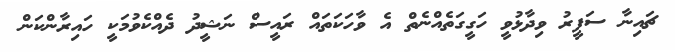
ޗައިނާ ސަފީރު ވިދާޅުވީ ހަގީގަތެއްނެތް އެ ވާހަކަތައް ރައީސް ނަޝީދު ދެއްކެވުމަކީ ހައިރާންކަން